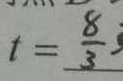
t = \frac { 8 } { 3 }